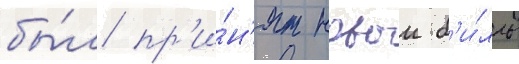
бы́л пр'и́н'ят новыи б'и́лль